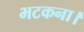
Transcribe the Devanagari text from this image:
भटकना।